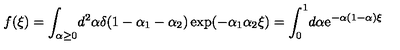
f ( \xi ) = \int _ { \alpha \geq 0 } \! d ^ { 2 } \alpha \delta ( 1 - \alpha _ { 1 } - \alpha _ { 2 } ) \exp ( - \alpha _ { 1 } \alpha _ { 2 } \xi ) = \int _ { 0 } ^ { 1 } \! d \alpha \mathrm { e } ^ { - \alpha ( 1 - \alpha ) \xi }